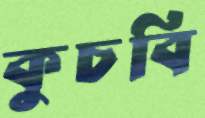
কুচবি